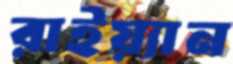
রাইয়্যান